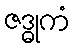
ဇဒ္ဓုကံ